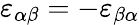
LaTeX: \varepsilon_{\alpha\beta}=-\varepsilon_{\beta\alpha}